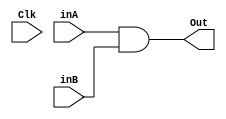
`timescale 1ns / 1ps
//////////////////////////////////////////////////////////////////////////////////
// Company: 369A
// 
// Design Name: 
// Module Name: BranchAndGate
// Project Name: 
// Target Devices: 
// Tool Versions: 
// Description: 
// 
// Dependencies: 
// 
// Revision:
// Revision 0.01 - File Created
// Additional Comments:
// 
//////////////////////////////////////////////////////////////////////////////////


module BranchAndGate(inA, inB, Out,Clk);
input inA;
input inB;
input Clk;
output reg Out;

always @(inA,inB) begin
Out<=inA&inB;
end



endmodule